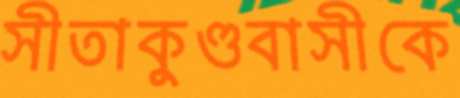
সীতাকুণ্ডবাসীকে